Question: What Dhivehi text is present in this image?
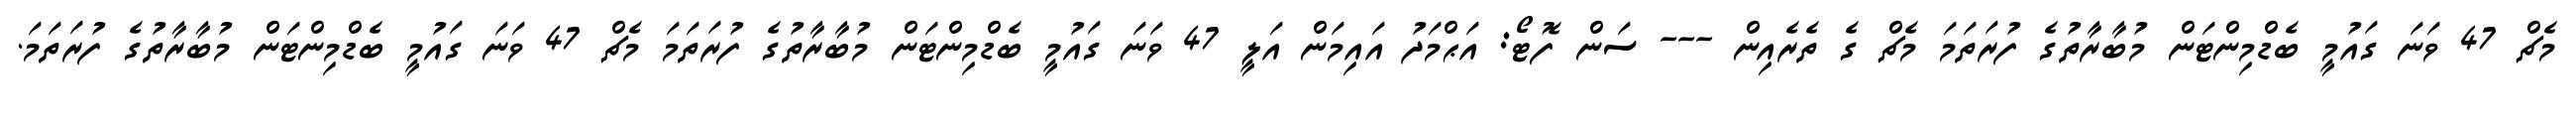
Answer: މެޗް 47 ވަނަ ގައުމީ ބެޑްމިންޓަން މުބާރާތުގެ ފުރަތަމަ މެޗް ގެ ތެރެއިން --- ސަން ފޮޓޯ: އަޙްމަދު އައިމަން އަލީ 47 ވަނަ ގައުމީ ބެޑްމިންޓަން މުބާރާތުގެ ފުރަތަމަ މެޗް 47 ވަނަ ގައުމީ ބެޑްމިންޓަން މުބާރާތުގެ ފުރަތަމަ.